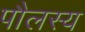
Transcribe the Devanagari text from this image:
पौलस्य